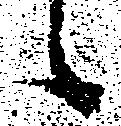
候